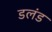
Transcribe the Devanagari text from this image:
डलंड